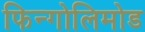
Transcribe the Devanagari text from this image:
फिन्गोलिमोड